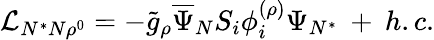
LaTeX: {\cal L}_{N^{*}N\rho^{0}}=-{\tilde{g}}_{\rho}\overline{{{\Psi}}}_{N}S_{i}\phi_{i}^{(\rho)}\Psi_{N^{*}}\: +\: h.c.